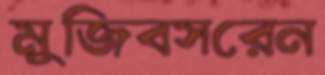
মুজিবসরেন